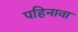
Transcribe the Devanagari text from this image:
पहिनावा